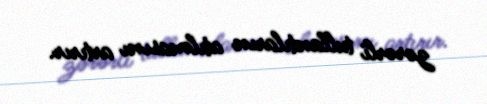
zərərli tullantıların atılmasını artırır.